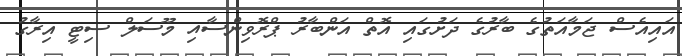
އައިއެސް ޖަމާއަތުގެ ބާރުގެ ދަށުގައި އޮތް އަންބާރު ޕްރޮވިންސާއި މޫސަލް ސިޓީ އިރާގު